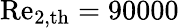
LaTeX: \mathrm{Re}_{2,\mathrm{th}}=90000